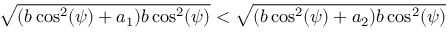
\sqrt { ( b \cos ^ { 2 } ( \psi ) + a _ { 1 } ) b \cos ^ { 2 } ( \psi ) } < \sqrt { ( b \cos ^ { 2 } ( \psi ) + a _ { 2 } ) b \cos ^ { 2 } ( \psi ) }